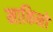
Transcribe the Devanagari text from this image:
माकिनो